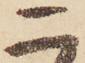
二